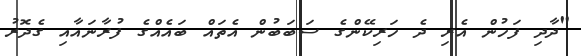
"ދާދި ފަހުން އެރި ދެ ހަރިކޭންގެ ސަބަބުން އެތައް ބައެއްގެ ފުރާނައާއި ގެދޮރު